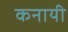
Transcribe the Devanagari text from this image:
कनायी